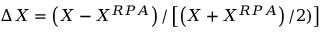
\Delta X = \left( X - X ^ { R P A } \right) / \left[ \left( X + X ^ { R P A } \right) / 2 ) \right]